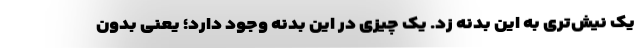
یک نیش‌تری به این بدنه زد. یک چیزی در این بدنه وجود دارد؛ یعنی بدون